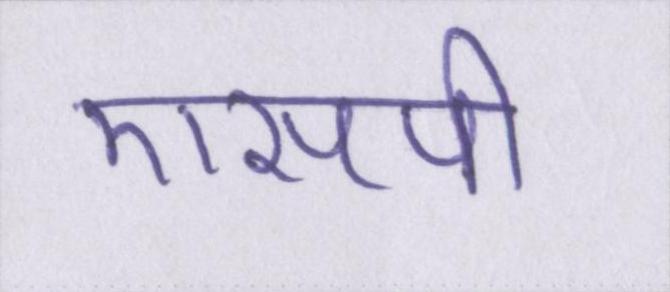
एसपी